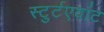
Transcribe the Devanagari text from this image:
स्टुर्टएवांट